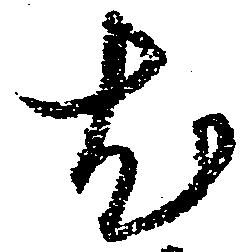
尤